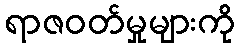
ရာဇဝတ်မှုများကို